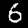
Digit: 6